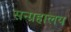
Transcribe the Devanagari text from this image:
सन्ग्रहालय